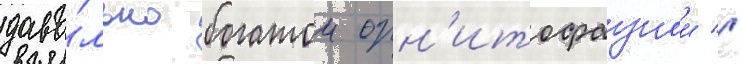
дово́льно богатои орн'итофаунои //